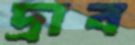
দ্রাব